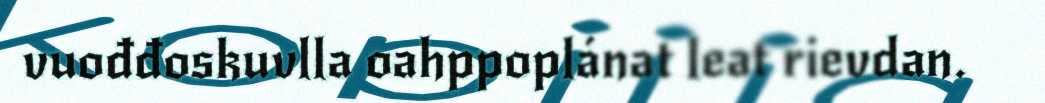
vuođđoskuvlla oahppoplánat leat rievdan.